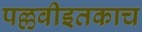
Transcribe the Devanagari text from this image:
पल्लवीइतकाच